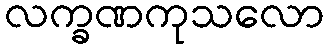
လက္ခဏကုသလော